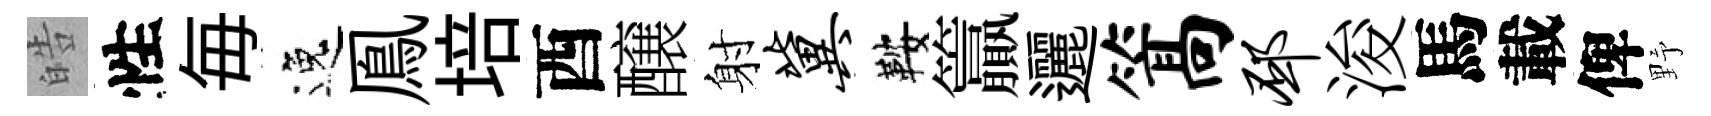
皓性毎逸鳯培酉醸射冀鞍籯邐篙邳浚馬載俾野